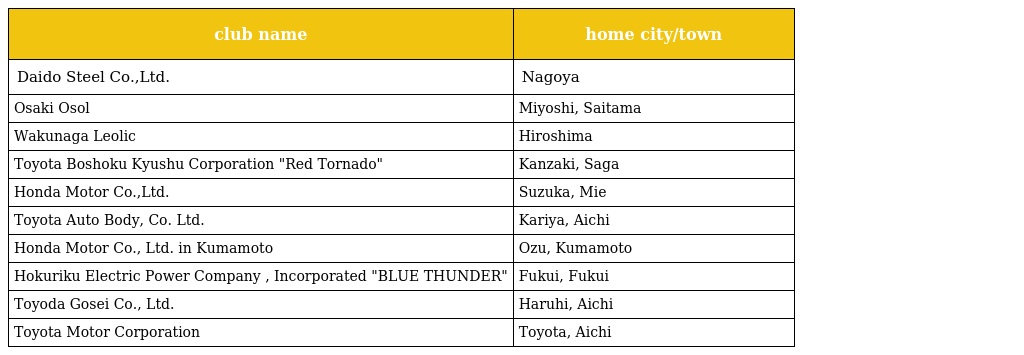
| club name | home city/town |
 | --- | --- |
 | Daido Steel Co.,Ltd. | Nagoya |
 | Osaki Osol | Miyoshi, Saitama |
 | Wakunaga Leolic | Hiroshima |
 | Toyota Boshoku Kyushu Corporation "Red Tornado" | Kanzaki, Saga |
 | Honda Motor Co.,Ltd. | Suzuka, Mie |
 | Toyota Auto Body, Co. Ltd. | Kariya, Aichi |
 | Honda Motor Co., Ltd. in Kumamoto | Ozu, Kumamoto |
 | Hokuriku Electric Power Company , Incorporated "BLUE THUNDER" | Fukui, Fukui |
 | Toyoda Gosei Co., Ltd. | Haruhi, Aichi |
 | Toyota Motor Corporation | Toyota, Aichi |